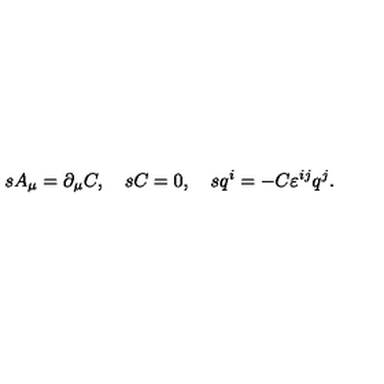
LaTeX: s A _ { \mu } = \partial _ { \mu } C , \quad s C = 0 , \quad s q ^ { i } = - C \varepsilon ^ { i j } q ^ { j } .